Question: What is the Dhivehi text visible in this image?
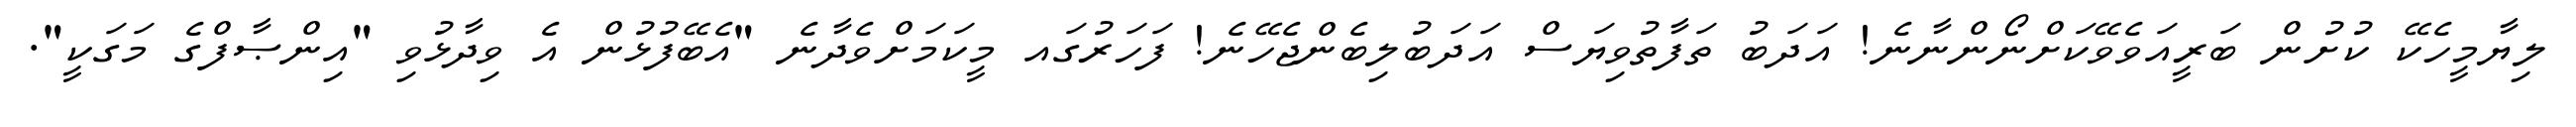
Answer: ލިޔާމީހެކޭ ކުށުން ބަރީއަވެވޭކަށްނޯންނާނެ! އަދަބު ތަފާތުވިޔަސް އަދަބުލިބެންޖެހޭނެ! ފަހަރުގައ މީކަމަށްވެދާނެ "އެބޭފުޅުން އެ ވިދާޅުވި "އިންޞާފްގެ މަގަކީ".